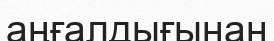
аңғалдығынан